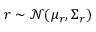
\boldsymbol { r } \sim \mathcal { N } ( \boldsymbol { \mu _ { r } } , \boldsymbol { \Sigma _ { r } } )